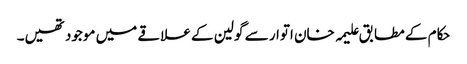
حکام کے مطابق علیمہ خان اتوار سے گولین کے علاقے میں موجود تھیں۔